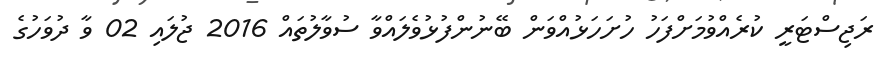
ރަޖިސްޓަރީ ކުރެއްވުމަށްފަހު ހުށަހަޅުއްވަން ބޭނުންފުޅުވެލައްވާ ސުވާލުތައް 2016 ޖުލައި 02 ވާ ދުވަހުގެ